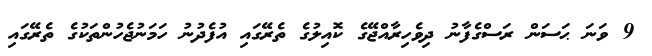
9 ވަނަ ޙަސަން ރަސްގެފާނު ދިވެހިރާއްޖޭގެ ކޮއިލުގެ ތެރޭގައި އުފެދުނު ހަމަނުޖެހުންތަކުގެ ތެރޭގައި